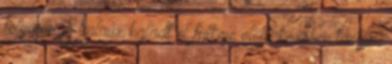
folyosón. A kalaúz haladt el fülkéje előtt, kezében lámpa,